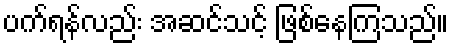
ပက်ရန်လည်း အဆင်သင့် ဖြစ်နေကြသည်။